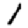
Digit: 1